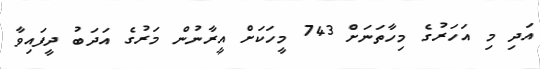
އަދި މި އަހަރުގެ މިހާތަނަށް 743 މީހަކަށް އީރާނުން މަރުގެ އަދަބު ދީފައިވާ